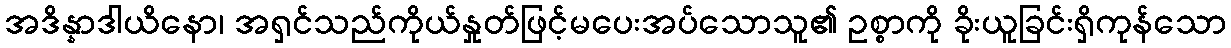
အဒိန္နာဒါယိနော၊ အရှင်သည်ကိုယ်နှုတ်ဖြင့်မပေးအပ်သောသူ၏ ဥစ္စာကို ခိုးယူခြင်းရှိကုန်သော